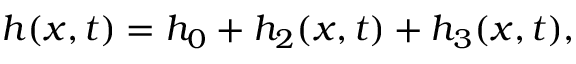
h ( x , t ) = h _ { 0 } + h _ { 2 } ( x , t ) + h _ { 3 } ( x , t ) ,